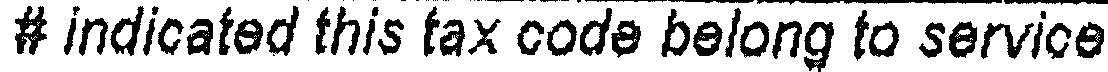
# INDICATED THIS TAX CODE BELONG TO SERVICE